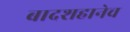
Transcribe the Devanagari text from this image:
बादशहानेच